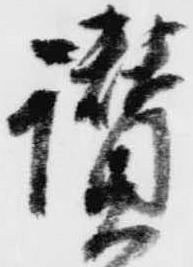
讃